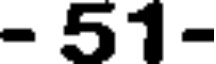
- 51-